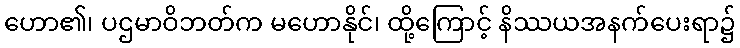
ဟော၏၊ ပဌမာဝိဘတ်က မဟောနိုင်၊ ထို့ကြောင့် နိဿယအနက်ပေးရာ၌